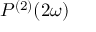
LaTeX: P ^ { ( 2 ) } ( 2 \omega )